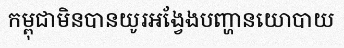
កម្ពុជាមិនបានយូរអង្វែងបញ្ហានយោបាយ